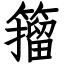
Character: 籀